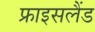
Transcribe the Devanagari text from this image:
फ्राइसलैंड